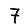
Digit: 7